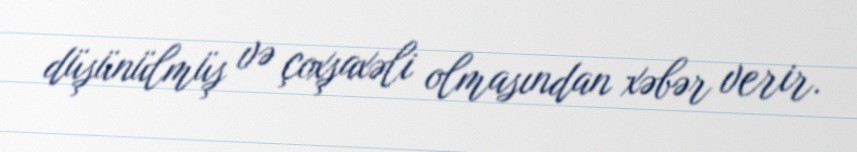
düşünülmüş və çoxşaxəli olmasından xəbər verir.